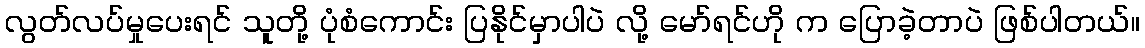
လွတ်လပ်မှုပေးရင် သူတို့ ပုံစံကောင်း ပြနိုင်မှာပါပဲ လို့ မော်ရင်ဟို က ပြောခဲ့တာပဲ ဖြစ်ပါတယ်။